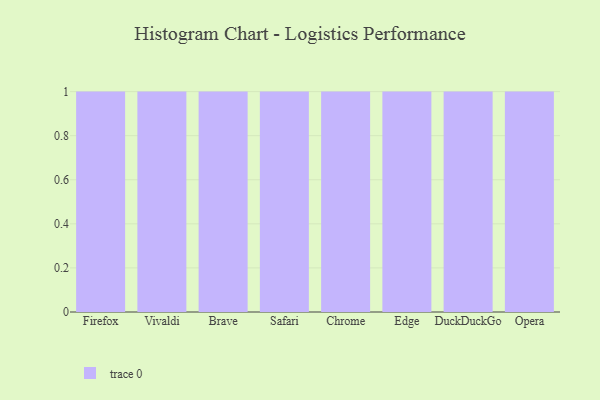
{"axis": {"x": "Browser", "y": "Temperature (°C)"}, "legend": [""], "data": [{"x": "Firefox", "y": 54, "type": ""}, {"x": "Vivaldi", "y": 53, "type": ""}, {"x": "Brave", "y": 24, "type": ""}, {"x": "Safari", "y": 36, "type": ""}, {"x": "Chrome", "y": 67, "type": ""}, {"x": "Edge", "y": 47, "type": ""}, {"x": "DuckDuckGo", "y": 90, "type": ""}, {"x": "Opera", "y": 96, "type": ""}]}